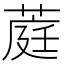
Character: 𬝪